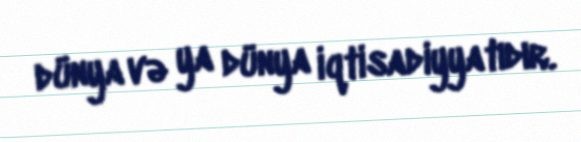
dünya və ya dünya iqtisadiyyatıdır.